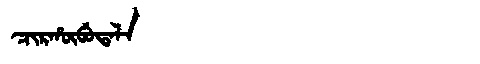
Manchu: ᠴᡳᡵᡥᡡᠪᡠᡨᠠᠯᠠ
Romanization: CIRHŪBUTALA